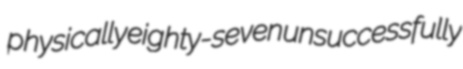
physically eighty-seven unsuccessfully